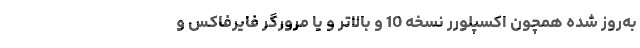
به‌روز شده همچون اکسپلورر نسخه 10 و بالاتر و یا مرورگر فایرفاکس و